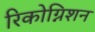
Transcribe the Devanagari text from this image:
रिकोग्निशन